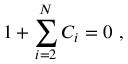
1 + \sum _ { i = 2 } ^ { N } C _ { i } = 0 \ ,